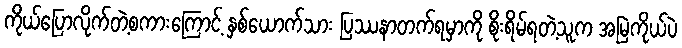
ကိုယ်ပြောလိုက်တဲ့စကားကြောင့် နှစ်ယောက်သား ပြဿနာတက်ရမှာကို စိုးရိမ်ရတဲ့သူက အမြဲကိုယ်ပဲ